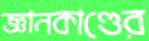
জ্ঞানকাণ্ডের